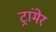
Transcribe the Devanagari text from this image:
ट्रांमेर